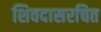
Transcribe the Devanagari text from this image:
शिवदासरचित